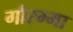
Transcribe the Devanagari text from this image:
गौरम्मा